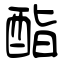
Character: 酯